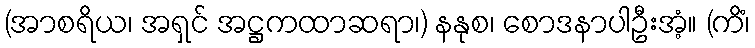
(အာစရိယ၊ အရှင် အဋ္ဌကထာဆရာ၊) နနုစ၊ စောဒနာပါဦးအံ့။ (ကိံ၊